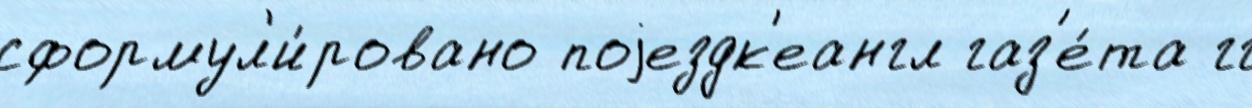
сформул'и́ровано поjездк'еангл газ'е́та гг